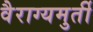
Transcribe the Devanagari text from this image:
वैराग्यमुर्ती